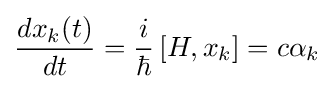
{\frac {dx_{k}(t)}{dt}}={\frac {i}{\hbar }}\left[H,x_{k}\right]=c\alpha _{k}